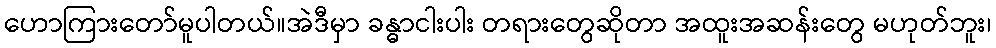
ဟောကြားတော်မူပါတယ်။အဲဒီမှာ ခန္ဓာငါးပါး တရားတွေဆိုတာ အထူးအဆန်းတွေ မဟုတ်ဘူး၊